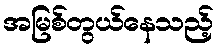
အမြစ်တွယ်နေသည့်